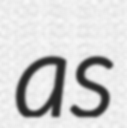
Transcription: as